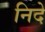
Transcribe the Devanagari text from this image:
निदे